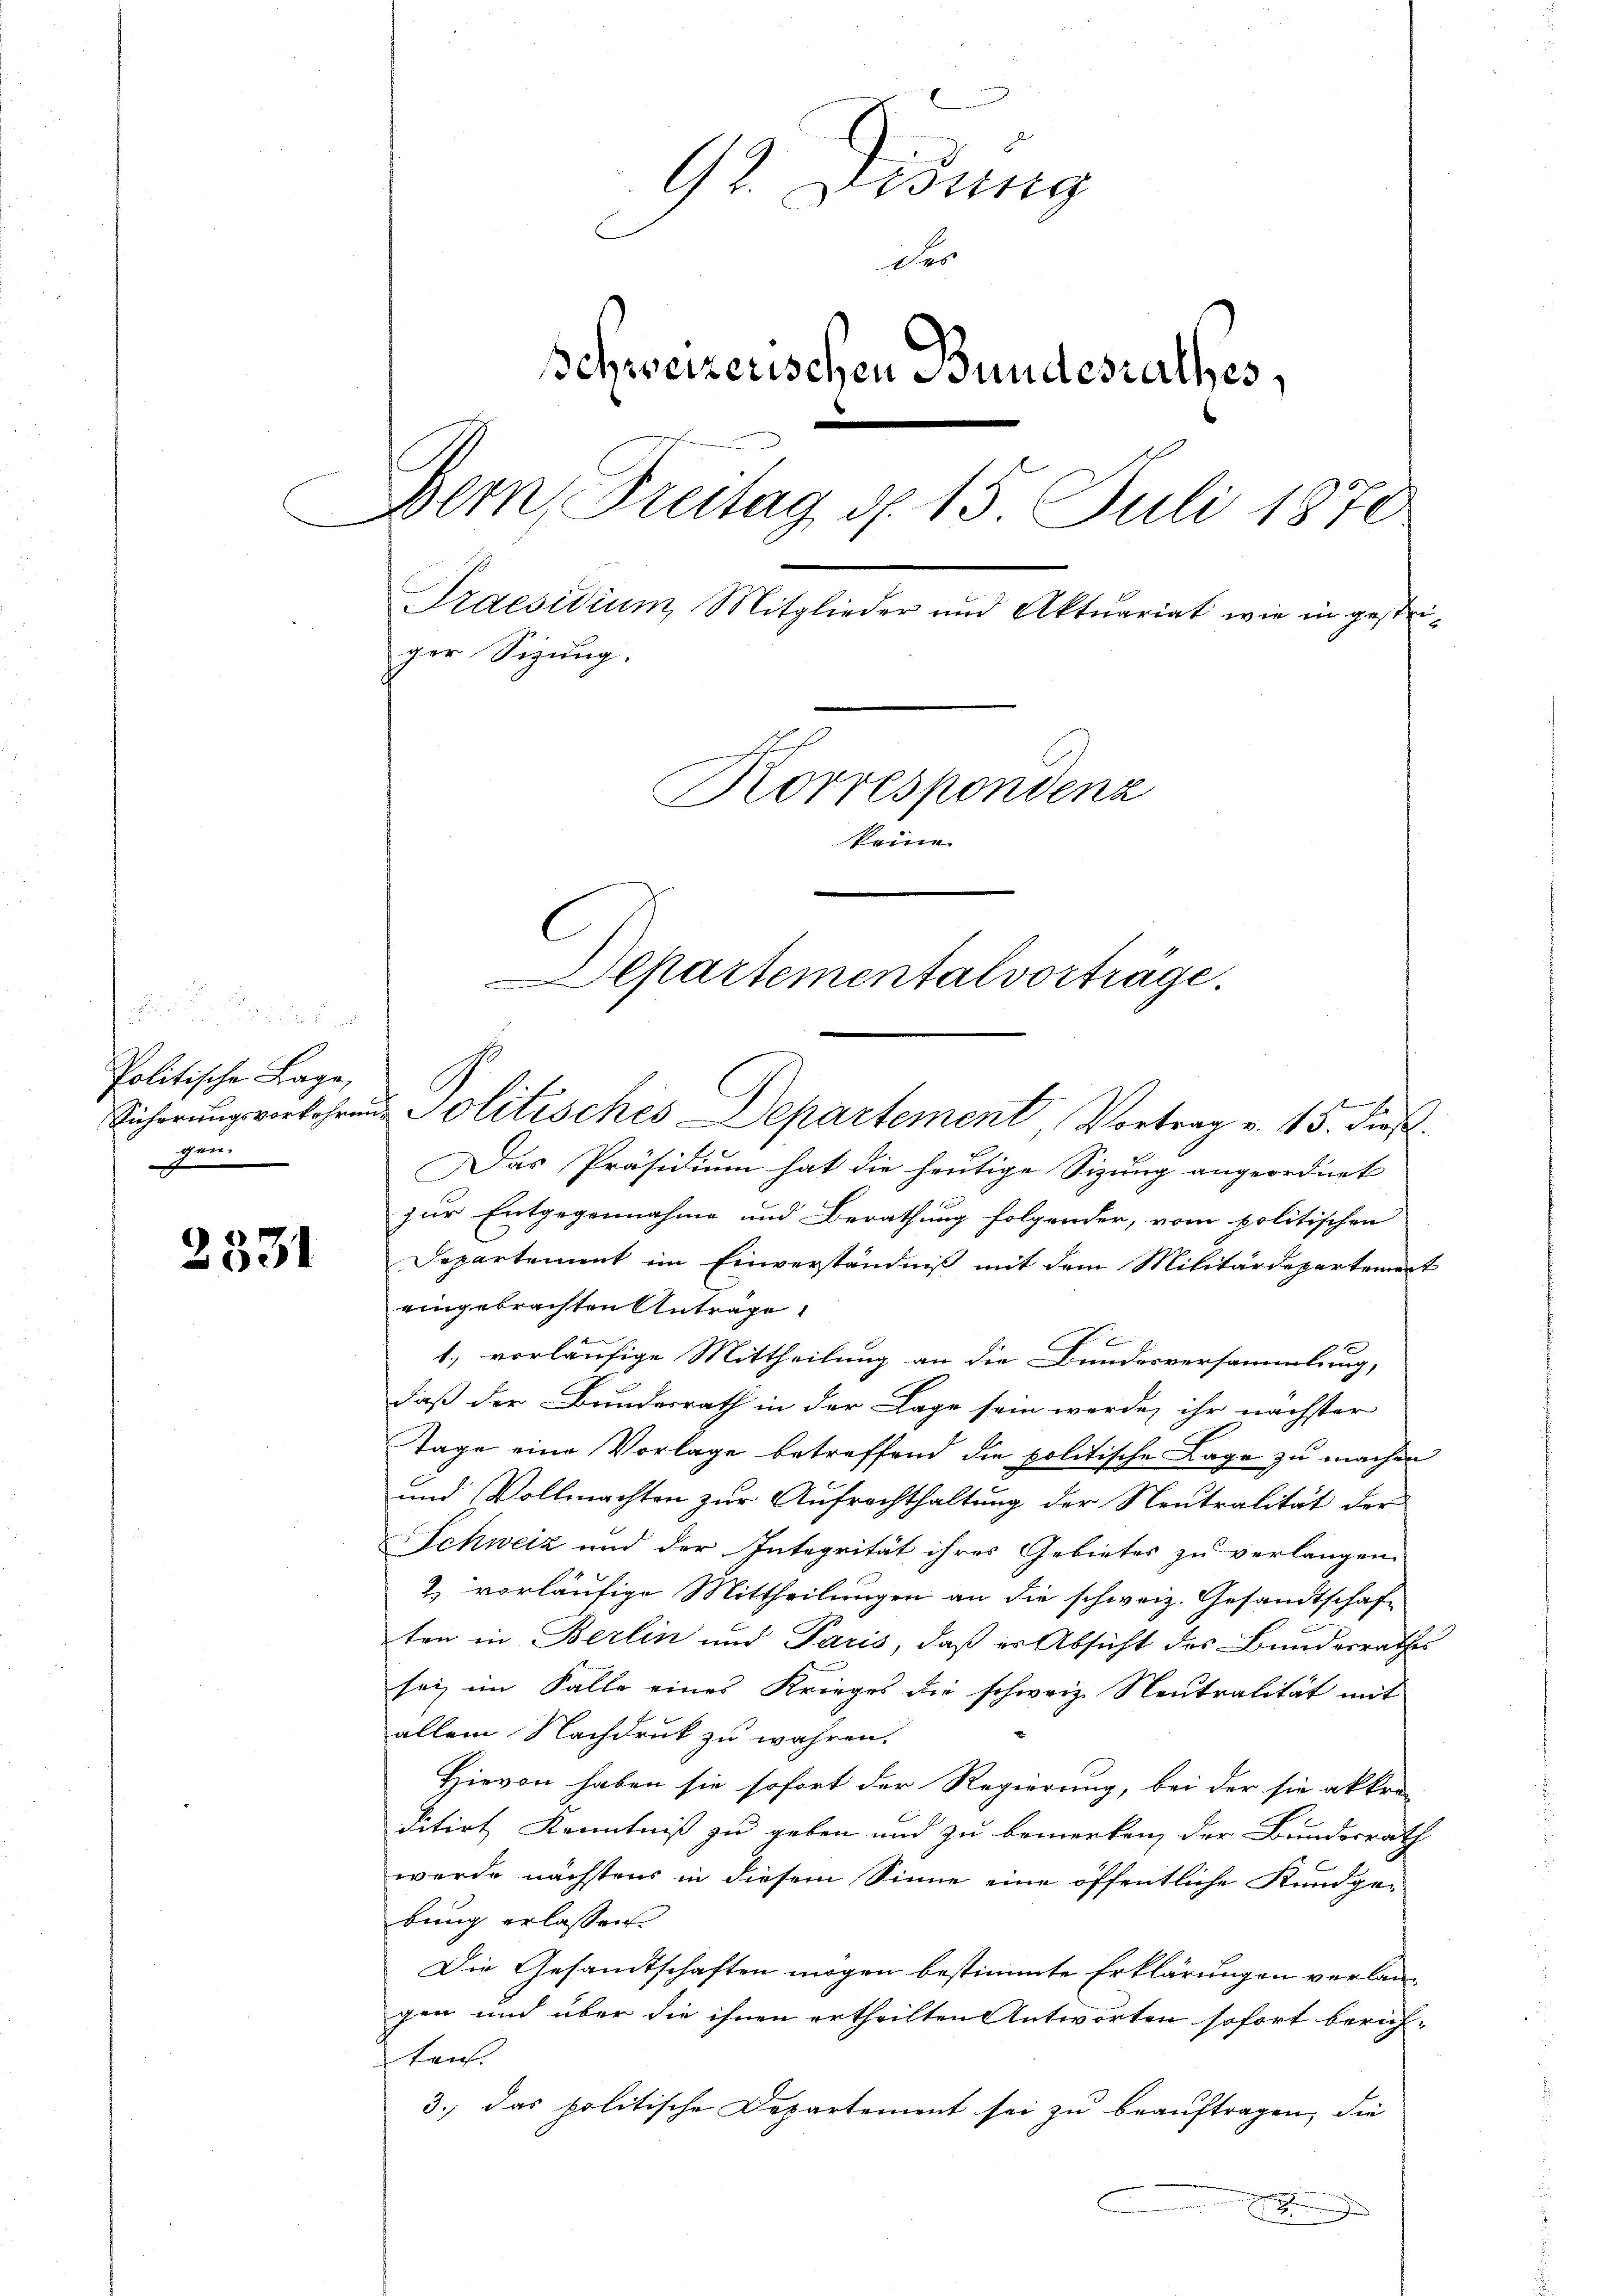
Politische Lage,
gen.
J

2331

92. Disung
E
der
Schweizerischen Bundesrathes,
Bern, Treitag d. 15 Juli 1870
Praesidium Mitglieder und Aktuariat wie in gestriger Sizung.
Korrespondenz
keine
Departementalvorträge.

Sicherŭngsverkehren Politisches Departement, Vortrag v. 45. dieß.

.
Das Präsidium hat die heutige Sizung angeordnet
zur Entgegennahme und Berathung folgender, vom politischen
Departement im Einverständniß mit dem Militärdepartement
eingebrachten Anträge.
u
1.) vorläufige Mittheilung an die Bundesversammlung,
daß der Bundesrath in der Lage sein werde, ihr nächster
Tage eine Vorlage betreffend die politische Lage zu machen
und Vollmachten zur Aufrechthaltung der Neutralität der
Schweiz und der Integrität ihres Gebietes zu verlangen.
2. vorläufige Mittheilungen an die schweiz. Gesandtschaf-
ten in Berlin und Paris, daß er Absicht des Bundesrathes
sei, im Falle eines Krieges die schweiz. Neutralität mit
allein Nachdruck zu wahren.
Hievon haben sie sofort der Regierung, bei der sie akkra-
ditirt Kenntniß zu geben und zu bemerken, der Bundesrath
werde nächstens in diesem Sinne eine öffentliche Kundgebung erlassen.
Die Gesandtschaften mögen bestimmte Erklärungen verlan-
gen und über die ihnen ertheilten Antworten sofort berich-
ten.
3.) das politische Departement sei zu beauftragen, die